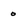
Character: o